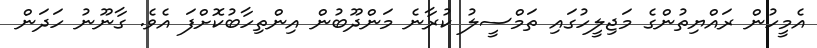
އެމީހުން ރައްޔިތުންގެ މަޖިލީހުގައި ތަމްސީލު ކުރާނެ މަންދޫބުން އިންތިހާބުކޮށްފަ އެވެ. ގާނޫނު ހަދަން